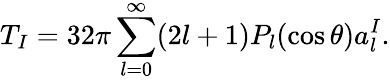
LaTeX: T_{I}=32\pi\sum_{l=0}^{\infty}(2l+1)P_{l}(\cos\theta)a_{l}^{I}.